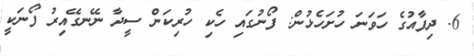
6. ދިފާއުގެ ހަވަނަ ހުށަހެޅުން: ފޯނުގައި ހެކި ހުރިކަން ސީދާ ނޭނގޭއިރު ފޯނަކީ